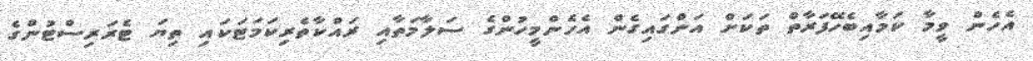
އެހެން ވީމާ ކަމާއިބެހޭފަރާތް ތަކަށް އަންގައިގެން އެހެންމީހުންގެ ސަލާމަތާއި ރައްކާތެރިކަމަޓަކައި ތިޔަ ޓެރަރިސްޓުންގެ